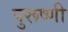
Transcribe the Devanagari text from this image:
पुरूष्णी